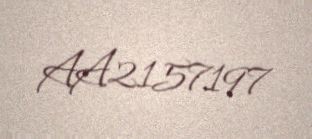
AA2157197